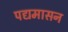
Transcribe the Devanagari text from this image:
पद्यमासन